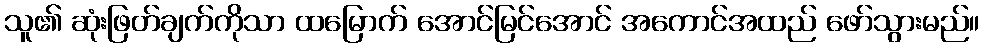
သူ၏ ဆုံးဖြတ်ချက်ကိုသာ ထမြောက် အောင်မြင်အောင် အကောင်အထည် ဖော်သွားမည်။